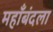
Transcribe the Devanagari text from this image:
महाँबंदला